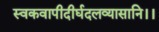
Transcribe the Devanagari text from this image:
स्वकवापीदीर्घदलव्यासानि।।